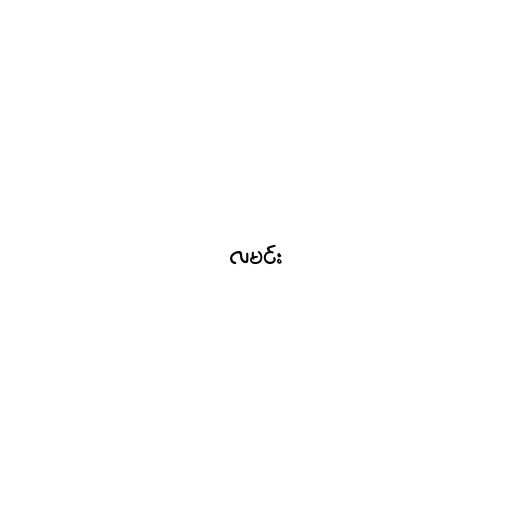
လမင်း